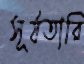
সূর্যতারি